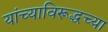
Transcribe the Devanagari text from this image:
यांच्याविरूद्धच्या